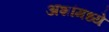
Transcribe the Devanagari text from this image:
अशांमध्ये